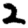
Digit: 2